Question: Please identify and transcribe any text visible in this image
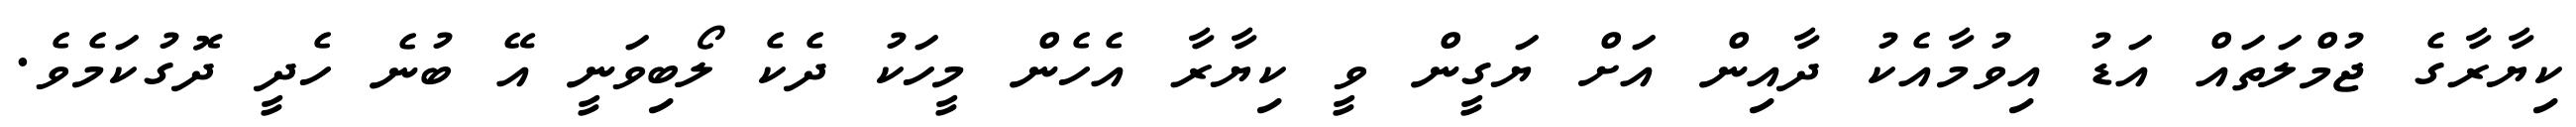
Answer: ކިޔާރާގެ ޖުމްލަތައް އަޑު އިވުމާއެކު ދާއިން އަށް ޔަގީން ވީ ކިޔާރާ އެހެން މީހަކު ދެކެ ލޯބިވަނީ އޭ ބުނެ ހެދީ ދޮގުކަމެވެ.